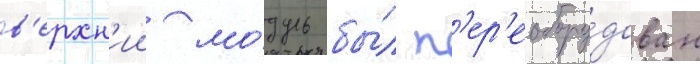
в'ерхн'ии мо́дуль бы́л п'ер'еобору́дован